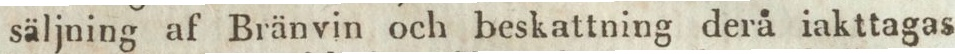
säljning af Bränvin och beskattning derå iakttagas